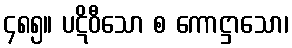
၄၈၅။ ပဋိဝီသော စ ကောဋ္ဌာသော၊